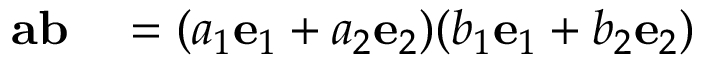
\begin{array} { r l } { \mathbf { a } \mathbf { b } } & { { } = ( a _ { 1 } \mathbf { e } _ { 1 } + a _ { 2 } \mathbf { e } _ { 2 } ) ( b _ { 1 } \mathbf { e } _ { 1 } + b _ { 2 } \mathbf { e } _ { 2 } ) } \end{array}